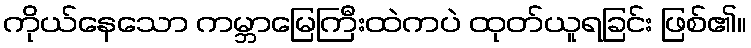
ကိုယ်နေသော ကမ္ဘာမြေကြီးထဲကပဲ ထုတ်ယူရခြင်း ဖြစ်၏။